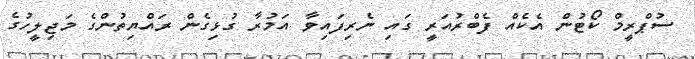
ސުޕްރީމް ކޯޓުން އެކެއް ފެބްރުއަރީ ގައި ނެރިފައިވާ އަމުރާ ގުޅިގެން ރައްޔިތުންގެ މަޖިލީހުގެ